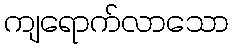
ကျရောက်လာသော